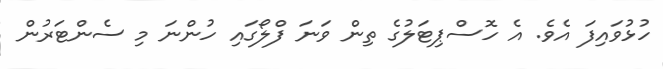
ހުޅުވައިފަ އެވެ. އެ ހޮސްޕިޓަލުގެ ތިން ވަނަ ފްލޯގައި ހުންނަ މި ސެންޓަރުން